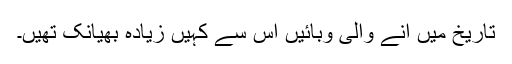
تاریخ میں آنے والی وبائیں اس سے کہیں زیادہ بھیانک تھیں۔